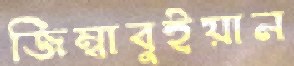
জিম্বাবুইয়ান